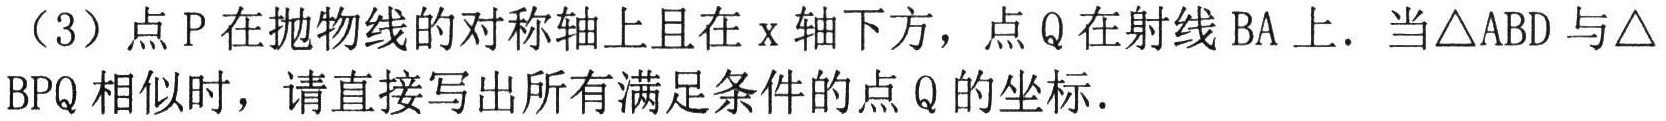
（3）点 \(P\) 在抛物线的对称轴上且在 \(x\) 轴下方，点 \(Q\) 在射线 \(BA\) 上．当\(\triangle ABD\) 与\(\triangle BPQ\) 相似时，请直接写出所有满足条件的点 \(Q\) 的坐标．